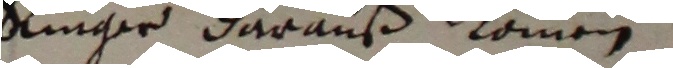
Ringer darauß kommen